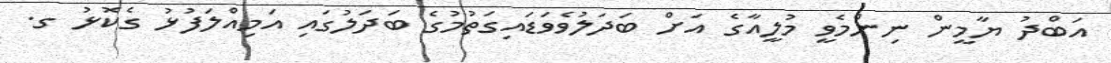
އަބްދު ޔާމީން ނިންމެވީ މުލީއާގެ އަށް ބަދަލުވެވަޑައިގަތުމުގެ ބަދަލުގައި އަމިއްލަފުޅު ގެކޮޅު ގ.